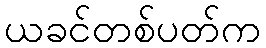
ယခင်တစ်ပတ်က